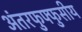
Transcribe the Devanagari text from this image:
अंतरफुफ्फुसीय